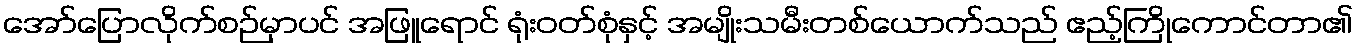
အော်ပြောလိုက်စဉ်မှာပင် အဖြူရောင် ရုံးဝတ်စုံနှင့် အမျိုးသမီးတစ်ယောက်သည် ဧည့်ကြိုကောင်တာ၏